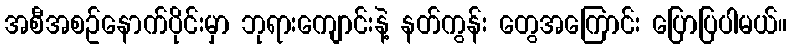
အစီအစဥ်နောက်ပိုင်းမှာ ဘုရားကျောင်းနဲ့ နတ်ကွန်း တွေအကြောင်း ပြောပြပါမယ်။